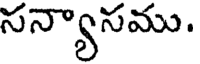
సన్యాసము.